Lunatic asylums in Bengal annual reports 1888-1898 - 1888-1898
Year: 1888
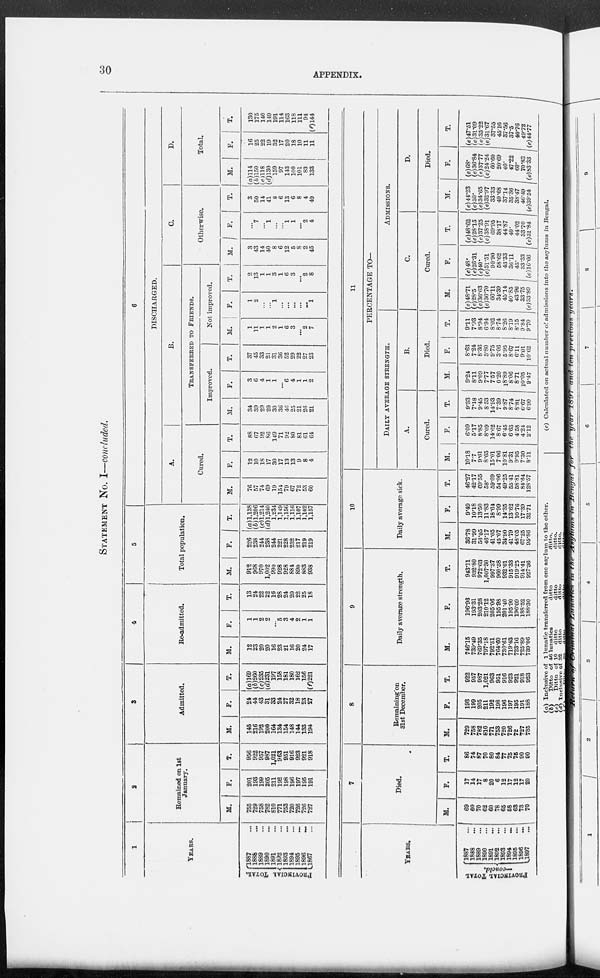
30
APPENDIX.
STATEMENT No. I—concluded.
1
YEARS.
PROVINCIAL TOTAL.
1887 ...
1888 ...
1889 ...
1890 ...
1891 ...
1892 ...
1893 ...
1894 ...
1895 ...
1896
...
1897 ...
2
Remained on 1st
January.
M.
755
729
758
782
810
771
753
720
726
726
727
F.
201
193
199
205
211
192
198
196
197
195
191
T.
956
922
957
987
1,021
963
951
916
923
921
918
3
Admitted.
M.
145
216
192
200
164
134
154
148
144
133
194
F.
24
44
43
31
33
24
27
32
18
23
27
T.
(a)169
(b)260
(c)235
(d)23l
197
158
181
180
162
156
(f)221
4
Re-admitted.
M.
12
23
20
20
16
23
21
16
20
24
17
F.
1
1
2
2
...
5
3
4
2
1
1
T.
13
24
22
22
16
28
24
20
22
25
18
5
Total population.
M.
912
968
970
1,002
990
928
928
884
890
883
938
F.
226
238
244
238
244
221
228
232
217
219
219
T.
(a)1,138
(b)1,206
(c)1,214
(d)1,240
1,234
1,149
1,156
1,116
1,107
1,102
1,157
6
DISCHARGED.
A.
Cured.
M.
76
57
74
69
19
154
79
67
72
53
60
F.
12
10
18
17
30
17
13
13
9
8
4
T.
88
67
92
86
149
71
92
80
81
61
64
B.
TRANSFERRED TO FRIENDS.
Improved.
M.
34
39
29
20
30
36
46
25
21
26
21
F.
3
6
4
1
1
...
6
4
1
1
2
T.
37
45
33
21
31
36
52
29
22
27
23
Not improved.
M.
1
11
1
1
2
1
6
3
...
2
7
F.
1
2
...
...
1
...
...
...
...
...
1
T.
2
13
1
1
3
1
6
3
...
2
8
C.
Otherwise.
M.
3
43
14
40
8
6
12
5
8
2
45
F.
...
7
...
1
...
...
1
1
...
2
4
T.
3
50
14
41
8
6
13
6
8
4
49
D.
Total.
M.
(a)114
(b)150
(c)118
(d)130
159
97
143
100
101
83
133
F.
16
25
22
19
32
17
20
18
10
11
11
T.
130
175
140
149
191
114
163
118
111
94
(f)144
YEARS.
PROVINCIAL TOTAL
—concld.
1887 ...
1888 ...
1889 ...
1890 ...
1891 ...
1892 ...
1893 ...
1894 ...
1895 ...
1896 ...
1897 ...
7
Died.
M.
69
60
70
62
60
78
65
58
63
73
70
F.
17
14
17
8
20
6
12
17
12
17
20
T.
86
74
87
70
80
84
77
75
76
90
90
8
Remaining on
31st December.
M.
729
758
782
810
771
753
720
726
72
727
735
F.
193
199
205
211
192
198
196
197
195
191
188
T.
922
957
987
1,021
963
951
916
923
921
918
923
9
Daily average strength.
M.
746.15
739.49
769.35
797.18
792.31
764.60
730.61
719.43
723.16
725.89
739.06
F.
196.96
193.31
203.28
210.12
205.06
195.98
201.40
195.90
196.09
188.52
188.30
T.
943.11
932.80
972.63
1,007.30
997.37
960.58
932.01
915.33
919.25
914.41
927.36
10
Daily average sick.
M.
36.78
31.99
56.05
46.17
41.05
45.07
34.90
41.79
48.05
67.25
95.86
F.
9.49
10.18
13.50
11.83
18.64
8.99
14.35
13.62
10.76
17.39
32.71
T.
46.27
42.17
69.55
58.
59.69
54.06
49.25
55.41
58.81
84.64
128.57
11
PERCENTAGE TO—
DAILY AVERAGE STRENGTH.
A.
Cured.
M.
10.18
7.7
9.61
8.65
15.01
7.06
10.81
9.31
9.95
7.30
8.11
F.
6.09
5.17
8.85
8.09
14.62
8.67
6.45
6.63
4.58
4.24
2.12
T.
9.33
7.18
9.45
8.53
14.93
7.39
9.87
8.74
8.81
6.67
6.90
B.
Died.
M.
9.24
8.11
9.09
7.77
7.57
0.20
18.89
8.06
8.71
10.05
9.47
F.
8.63
7.24
8.36
3.80
9.75
3.06
5.95
8.67
6.11
9.01
10.62
T.
9.11
7.93
8.94
6.94
8.02
8.74
8.26
8.19
8.15
9.84
9.70
ADMISSIONS.
C.
Cured.
M.
(e)48.71
(e)28.5
(e)36.63
(e)36.70
66.11
34.39
45.14
40.85
43.90
33.75
(e)33.89
F.
(e)48.
(e)26.31
(e)40.
(e)51.51
90.90
58.62
43.33
36.11
45.
33 .33
(e)16.66
T.
(e)48.62
(e)28.15
(e)37.25
(e)38.91
69.95
38.17
44.87
40.
44.02
33.70
(e)31.84
D.
Died.
M.
(e) 44.23
(e)30.
(e)34.65
(e)32.97
33.33
49.68
37.14
35.36
38.47
46.49
(e)39.54
F.
(e)68.
(e)36.84
(e)37.77
(e)24.24
60.60
20.69
40.
47.22
60.
70.83
(e)83.33
T.
(e)47.51
(e)31.09
(e)35.22
(e)31.67
37.55
45.16
37.56
37.5
40.76
49.72
(e)44.77
(a) Inclusive of
1 lunatic transferred from one asylum to the other.
(b)Ditto
of 46 lunatics
ditto
ditto.
(c)Ditto
of
10
ditto
ditto
ditto.
(d)Inclusive of 32 ditto
ditto
ditto.
(e) Calculated on actual number of admissions into the asylums in Bengal.